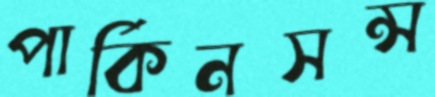
পার্কিনসন্স